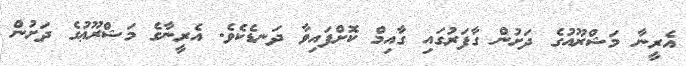
އެރީނާ މަޝްރޫއުގެ ދަށުން ގާފަރުގައި ގާއިމް ކޮށްފައިވާ ދަނޑެކެވެ. އެރީނާގެ މަޝްރޫޢުގެ ދަށުން